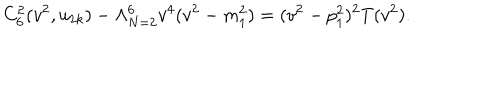
LaTeX: C _ { 6 } ^ { 2 } ( v ^ { 2 } , u _ { 2 k } ) - \Lambda _ { N = 2 } ^ { 6 } v ^ { 4 } ( v ^ { 2 } - m _ { 1 } ^ { 2 } ) = ( v ^ { 2 } - p _ { 1 } ^ { 2 } ) ^ { 2 } T ( v ^ { 2 } ) .